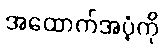
အထောက်အပံ့ကို